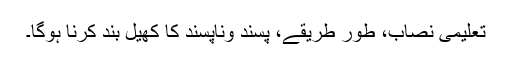
تعلیمی نصاب، طور طریقے، پسند وناپسند کا کھیل بند کرنا ہوگا۔